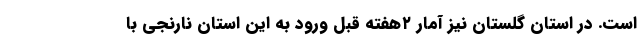
است. در استان گلستان نیز آمار ۲هفته قبل ورود به این استان نارنجی با